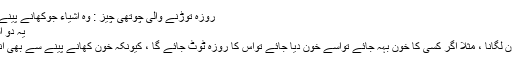
روزہ توڑنے والی چوتھی چيز : وہ اشیاء جوکھانے پینے کے حکم میں ہوں :
یہ دو اشیاء پر مشتمل ہے :
1 - روزہ دار کو خون لگانا ، مثلا اگر کسی کا خون بہہ جائے تواسے خون دیا جائے تواس کا روزہ ٹوٹ جائے گا ، کیونکہ خون کھانے پینے سے بھی انتہائي زيادہ غذا ہے ۔